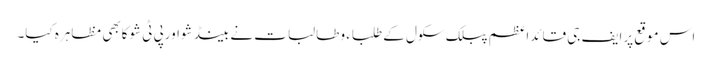
اس موقع پرایف جی قائداعظم پبلک سکول کے طلباء و طالبات نے بینڈشواورپی ٹی شوکابھی مظاہرہ کیا۔